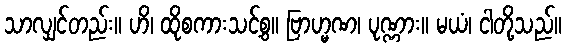
သာလျှင်တည်း။ ဟိ၊ ထိုစကားသင့်စွ။ ဗြာဟ္မဏ၊ ပုဏ္ဏား။ မယံ၊ ငါတို့သည်။